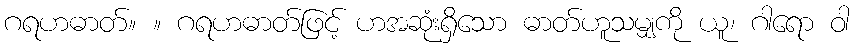
ဂရဟဓာတ်။ ။ ဂရဟဓာတ်ဖြင့် ဟအဆုံးရှိသော ဓာတ်ဟူသမျှကို ယူ၊ ဂါရော ဝါ